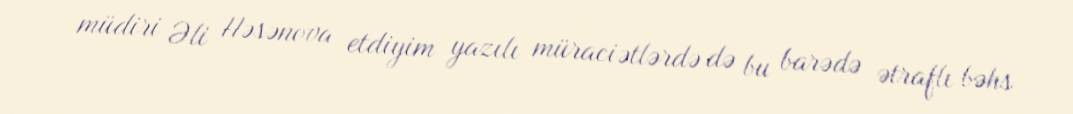
müdiri Əli Həsənova etdiyim yazılı müraciətlərdə də bu barədə ətraflı bəhs